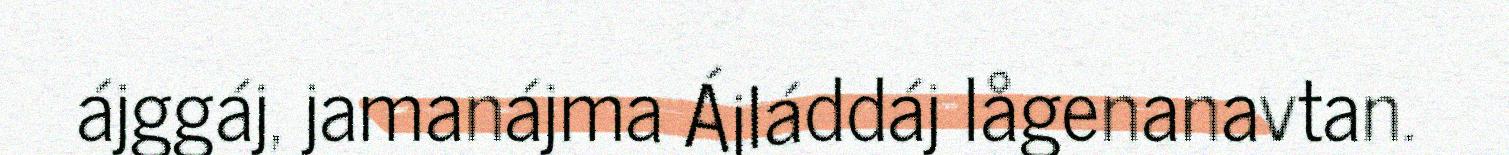
ájggáj, jamanájma Ájláddáj lågenanavtan.